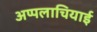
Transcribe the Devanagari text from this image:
अप्पलाचियाई